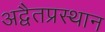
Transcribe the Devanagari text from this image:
अद्वैतप्रस्थान